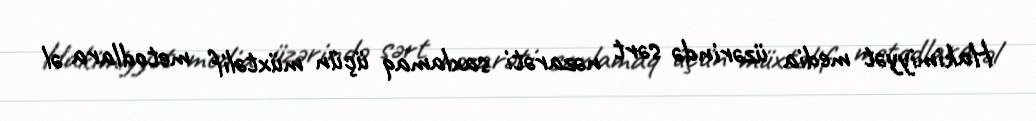
Hakimiyyət media üzərində sərt nəzarəti saxlamaq üçün müxtəlif metodlara əl